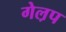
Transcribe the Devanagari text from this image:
गेल़प